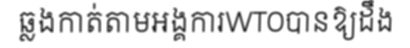
ឆ្លងកាត់តាមអង្គការWTOបានឱ្យដឹង